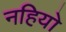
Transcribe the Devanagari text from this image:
नहियो